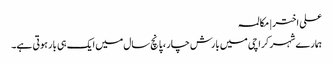
علی اختر | مکالمہ
ہمارے شہر کراچی میں بارش چار ، پانچ سال میں ایک ہی بار ہوتی ہے۔